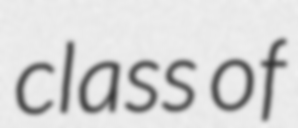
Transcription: class of